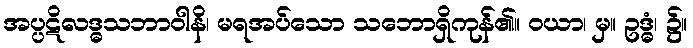
အပ္ပဋိလဒ္ဓသဘာဝါနိ၊ မရအပ်သော သဘောရှိကုန်၏။ ဝယာ၊ မှ။ ဥဒ္ဓံ၊ ၌။